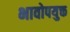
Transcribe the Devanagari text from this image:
भावोपयुक्त